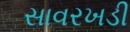
સાવરખડી